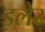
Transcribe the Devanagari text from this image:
इलेर